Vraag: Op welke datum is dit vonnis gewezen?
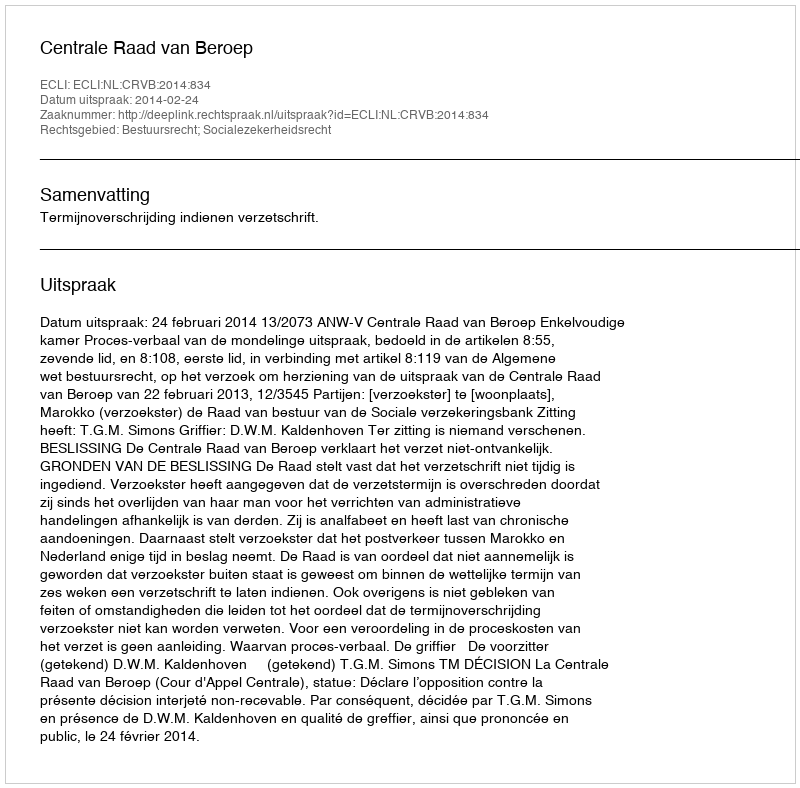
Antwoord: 2014-02-24